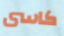
كاسى